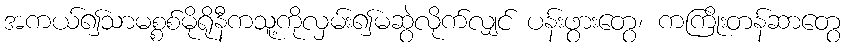
အကယ်၍သာမစ္စစ်မိုရိုနီကသူ့ကိုလှမ်း၍မဆွဲလိုက်လျှင် ပန်းဖွားတွေ၊ ကကြိုးတန်ဆာတွေ